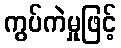
ကွပ်ကဲမှုဖြင့်